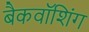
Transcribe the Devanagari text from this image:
बैकवॉशिंग